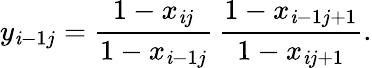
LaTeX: y_{\mathit{i}-1j}=\frac{{1-x_{\mathit{i}j}}}{{1-x_{\mathit{i}-1j}}}\, \frac{{1-x_{\mathit{i}-1j+1}}}{{1-x_{\mathit{i}j+1}}}.